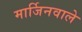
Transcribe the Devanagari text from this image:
मार्जिनवाले